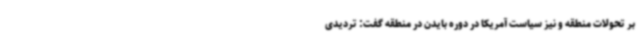
بر تحولات منطقه و نیز سیاست آمریکا در دوره بایدن در منطقه گفت: تردیدی